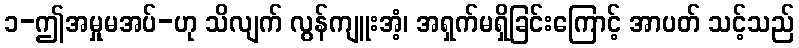
၁-ဤအမှုမအပ်-ဟု သိလျက် လွန်ကျူးအံ့၊ အရှက်မရှိခြင်းကြောင့် အာပတ် သင့်သည်